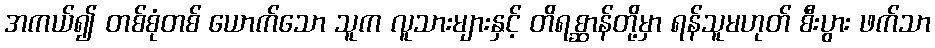
အကယ်၍ တစ်စုံတစ် ယောက်သော သူက လူသားများနှင့် တိရစ္ဆာန်တို့မှာ ရန်သူမဟုတ် စီးပွား ဖက်သာ